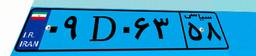
۰۹D۰۶۳۵۸